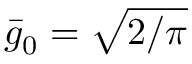
\bar { g } _ { 0 } = \sqrt { 2 / \pi }